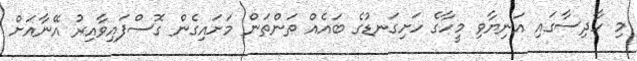
މި ހާދިސާގައި އަނިޔާވި މީހާގެ ހަށިގަނޑުގެ ބައެއް ތަންތަން މަށައިގެން ގޮސްފައިވާއިރު އޭނާއަށް